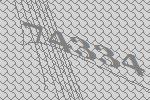
74334